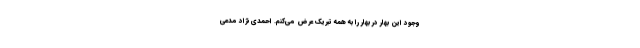
وجود این بهار در بهار را به همه تبریک عرض می‌کنم. احمدی نژاد مدعی